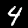
Label: 4